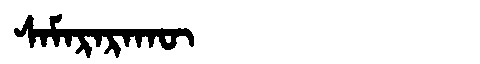
Manchu: ᠰᠠᠮᠠᡵᠠᡵᠠᡴᡡ
Romanization: SAMARARAKŪ